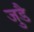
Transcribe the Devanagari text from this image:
जुडै